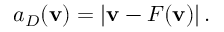
\begin{array} { r } { a _ { D } ( \mathbf v ) = \left| \mathbf v - F ( \mathbf v ) \right| . } \end{array}